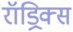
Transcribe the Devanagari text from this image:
रॉड्रिक्स